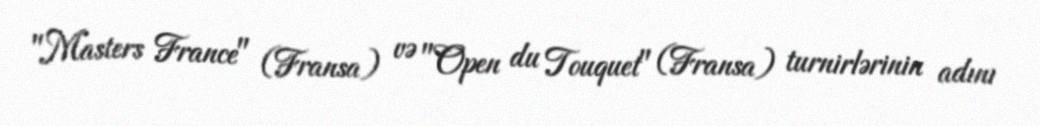
"Masters France" (Fransa) və "Open du Touquet" (Fransa) turnirlərinin adını